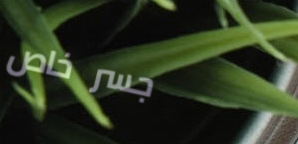
جسر خاص